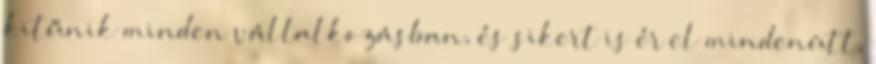
kitűnik minden vállalkozásban, és sikert is ér el mindenütt,